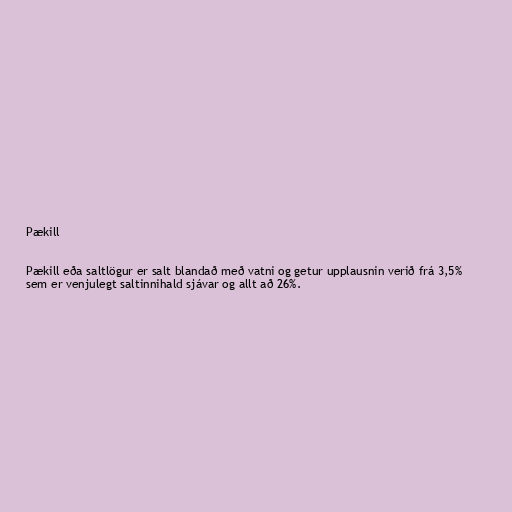
Pækill

Pækill eða saltlögur er salt blandað með vatni og getur upplausnin verið frá 3,5%
sem er venjulegt saltinnihald sjávar og allt að 26%.